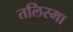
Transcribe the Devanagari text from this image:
तलिस्मा